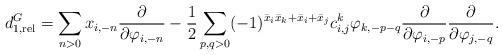
LaTeX: \begin{align*}d_{1,\mathrm{rel}}^G=\sum_{n>0}x_{i,-n}\frac{\partial}{\partial \varphi_{i,-n}}-\frac{1}{2}\sum_{p,q>0}(-1)^{\bar{x}_i\bar{x}_k+\bar{x}_i+\bar{x}_j}c_{i,j}^k \varphi_{k,-p-q} \frac{\partial}{\partial \varphi_{i,-p}}\frac{\partial}{\partial \varphi_{j,-q}}.\end{align*}